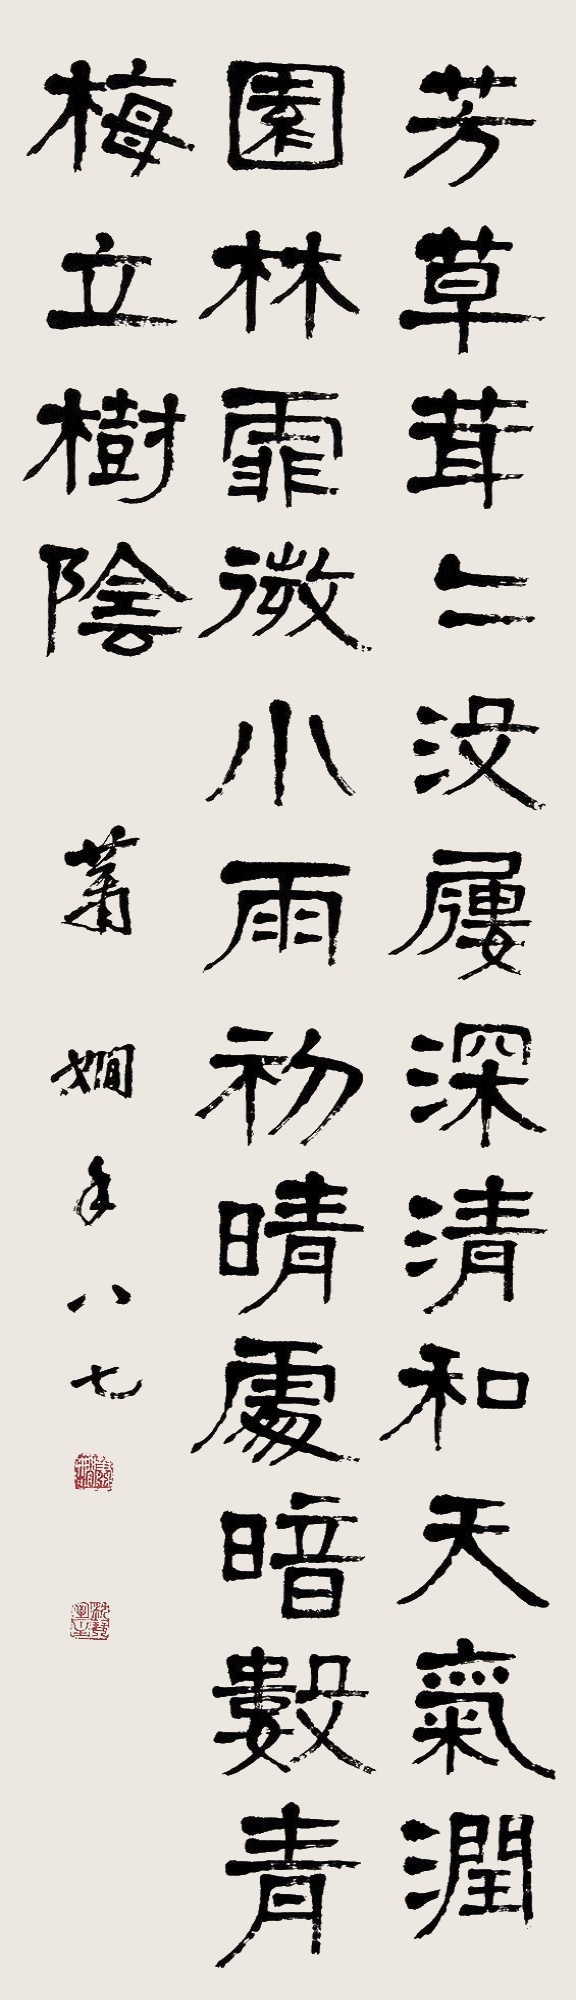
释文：芳草茸茸没木履深，请和天气润园林，霏微小雨初晴处，暗数青梅立树阴。萧娴八七。